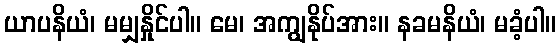
ယာပနိယံ၊ မမျှနှိုင်ပါ။ မေ၊ အကျွနိုပ်အား။ နခမနိယံ၊ မခံ့ပါ။